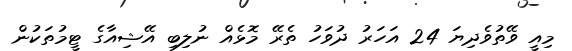
މިއީ ވޭތުވެދިޔަ 24 އަހަރު ދުވަހު ތެރޭ މޮޅެއް ނުލިބި އޭޝިއާގެ ޓީމުތަކުން